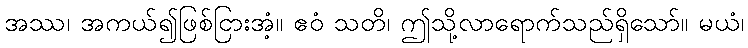
အဿ၊ အကယ်၍ဖြစ်ငြားအံ့။ ဧဝံ သတိ၊ ဤသို့လာရောက်သည်ရှိသော်။ မယံ၊